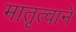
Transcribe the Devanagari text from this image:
मातृत्वाने